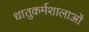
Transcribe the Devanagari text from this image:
धातुकर्मशालाओं